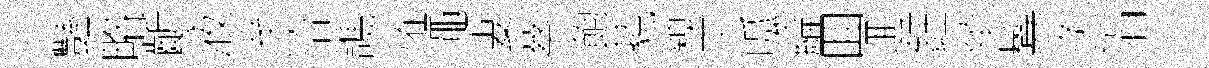
豔略齗液芊洽譙恠澠妻蔡飽藐糗平呱綸囬逥鈺犖鬂灸涓